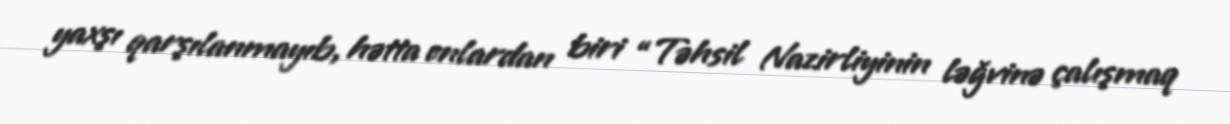
yaxşı qarşılanmayıb, hətta onlardan biri “Təhsil Nazirliyinin ləğvinə çalışmaq